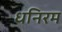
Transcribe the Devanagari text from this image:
धनिरम